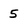
Character: 5